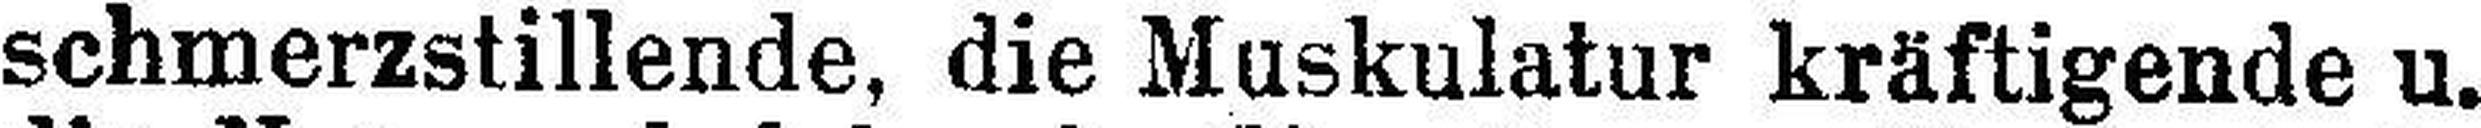
schmerzstillende, die Muskulatur kräftigende u.